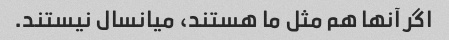
اگر آنها هم مثل ما هستند، میانسال نیستند.